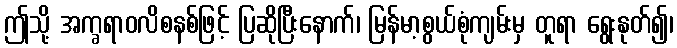
ဤသို့ အက္ခရာဝလိစနစ်ဖြင့် ပြဆိုပြီးနောက်၊ မြန်မာ့စွယ်စုံကျမ်းမှ တူရာ ရွေးနုတ်၍၊